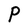
Character: P